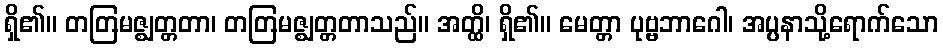
ရှိ၏။ တတြမဇ္ဈတ္တတာ၊ တတြမဇ္ဈတ္တတာသည်။ အတ္ထိ၊ ရှိ၏။ မေတ္တာ ပုဗ္ဗဘာဂေါ၊ အပ္ပနာသို့ရောက်သော